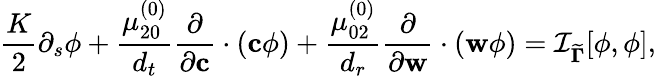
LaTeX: \frac{K}{2}\partial_{s}\phi+\frac{\mu_{20}^{(0)}}{{d_{t}}}\frac{\partial}{\partial\mathbf{c}}\cdot\left(\mathbf{c}\phi\right)+\frac{\mu_{02}^{(0)}}{{d_{r}}}\frac{\partial}{\partial\mathbf{w}}\cdot\left(\mathbf{w}\phi\right)=\mathcal{I}_{{\widetilde{\mathbf{\Gamma}}}}[\phi,\phi],